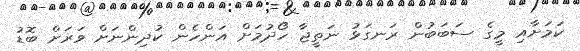
ކަމަށާއި މީގެ ސަބަބުން ރަނގަޅު ނަތީޖާ ހޯދުމަށް އަންހެން ކުދިންނަށް ވަރަށް ބޮޑު